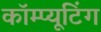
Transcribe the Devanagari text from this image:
कॉम्प्यूटिंग